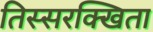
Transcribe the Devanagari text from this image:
तिस्सरक्खिता